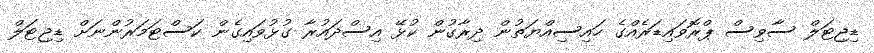
ޑިޖިޓަލް ސާވިސް ޕްރޮވައިޑަރެއްގެ ހައިސިއްޔަތުން ދިރާގުން ކުޅޭ އިސްދައުރާ ގުޅުވައިގެން ކަސްޓަމަރުންނަށް ޑިޖިޓަލް